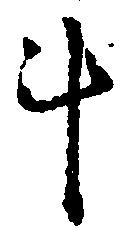
斗